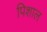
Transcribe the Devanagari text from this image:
पिशाल